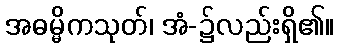
အဓမ္မိကသုတ်၊ အံ-၌လည်းရှိ၏။